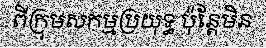
ពីក្រុមសកម្មប្រយុទ្ធ ប៉ុន្តែមិន